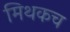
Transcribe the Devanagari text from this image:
मिथकच